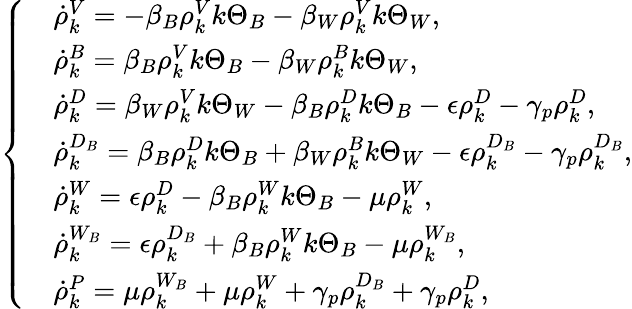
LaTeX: \left\{ \begin{array}{ll}&{\dot{\rho}_{k}^{V}=-\beta_{B}\rho_{k}^{V}k\Theta_{B}-\beta_{W}\rho_{k}^{V}k\Theta_{W},}\\ &{\dot{\rho}_{k}^{B}=\beta_{B}\rho_{k}^{V}k\Theta_{B}-\beta_{W}\rho_{k}^{B}k\Theta_{W},}\\ &{\dot{\rho}_{k}^{D}=\beta_{W}\rho_{k}^{V}k\Theta_{W}-\beta_{B}\rho_{k}^{D}k\Theta_{B}-\epsilon\rho_{k}^{D}-\gamma_{p}\rho_{k}^{D},}\\ &{\dot{\rho}_{k}^{D_{B}}=\beta_{B}\rho_{k}^{D}k\Theta_{B}+\beta_{W}\rho_{k}^{B}k\Theta_{W}-\epsilon\rho_{k}^{D_{B}}-\gamma_{p}\rho_{k}^{D_{B}},}\\ &{\dot{\rho}_{k}^{W}=\epsilon\rho_{k}^{D}-\beta_{B}\rho_{k}^{W}k\Theta_{B}-\mu\rho_{k}^{W},}\\ &{\dot{\rho}_{k}^{W_{B}}=\epsilon\rho_{k}^{D_{B}}+\beta_{B}\rho_{k}^{W}k\Theta_{B}-\mu\rho_{k}^{W_{B}},}\\ &{\dot{\rho}_{k}^{P}=\mu\rho_{k}^{W_{B}}+\mu\rho_{k}^{W}+\gamma_{p}\rho_{k}^{D_{B}}+\gamma_{p}\rho_{k}^{D},}\end{array}\right.